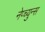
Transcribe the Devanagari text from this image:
नेप्च्युन्स